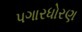
પગારધોરણ